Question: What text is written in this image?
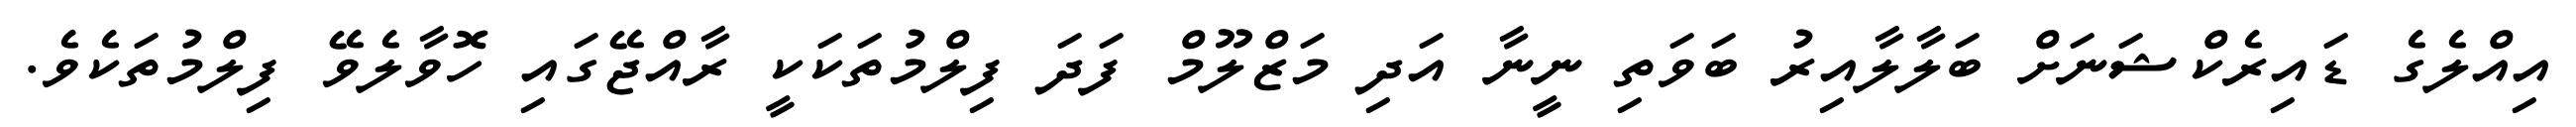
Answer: އިއްލެގެ ޑައިރެކްޝަނަށް ބަލާލާއިރު ބަވަތި ނީނާ އަދި މަޒްލޫމް ފަދަ ފިލްމުތަކަކީ ރާއްޖޭގައި ހޮވާލެވޭ ފިލްމުތަކެވެ.